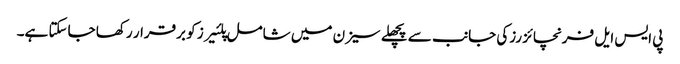
پی ایس ایل فرنچائز رزکی جانب سے پچھلے سیزن میں شامل پلئیرز کو برقرار رکھا جاسکتا ہے۔